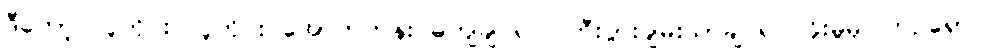
ဒီတော့ လူတိုင်း လူတိုင်း အောက်တန်း မကျချင်ရင် ကြီးပွားချမ်းသာချင်ရင် ခိုးမှုမှ ကြဉ်ရှောင်